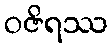
ဝဇိရဿ